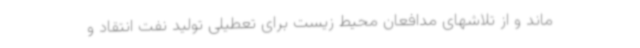
ماند و از تلاشهای مدافعان محیط زیست برای تعطیلی تولید نفت انتقاد و